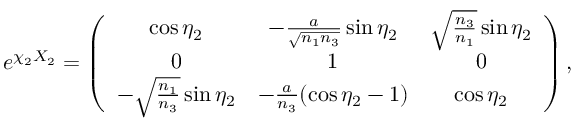
e ^ { \chi _ { 2 } { \cal X } _ { 2 } } = \left( \begin{array} { c c c } { { \cos { \eta _ { 2 } } } } & { { - \frac { a } { \sqrt { n _ { 1 } n _ { 3 } } } \sin { \eta _ { 2 } } } } & { { \sqrt { \frac { n _ { 3 } } { n _ { 1 } } } \sin { \eta _ { 2 } } } } \\ { { 0 } } & { { 1 } } & { { 0 } } \\ { { - \sqrt { \frac { n _ { 1 } } { n _ { 3 } } } \sin { \eta _ { 2 } } } } & { { - \frac { a } { n _ { 3 } } ( \cos { \eta _ { 2 } } - 1 ) } } & { { \cos { \eta _ { 2 } } } } \end{array} \right) ,